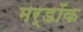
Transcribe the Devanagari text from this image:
मर्डॉक